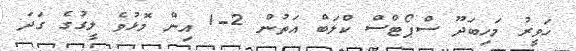
ހަވީރު މަހިބަދޫ ސްޕޯޓްސް ކްލަބް އަތުން 2-1 އިން މޮޅުވެ ލީގުގެ ގަދަ